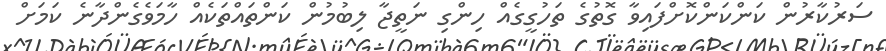
ސަރުކާރުން ކަންކަންކޮށްފައިވާ ގޮތުގެ ތަހުގީގެއް ހިންގި ނަތީޖާ ލިބުމުން ކަންތައްތަކެއް ހާމަވެގެންދާނެ ކަމަށް